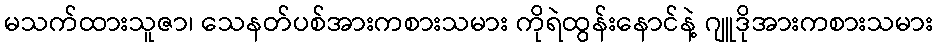
မသက်ထားသူဇာ၊ သေနတ်ပစ်အားကစားသမား ကိုရဲထွန်းနောင်နဲ့ ဂျူဒိုအားကစားသမား